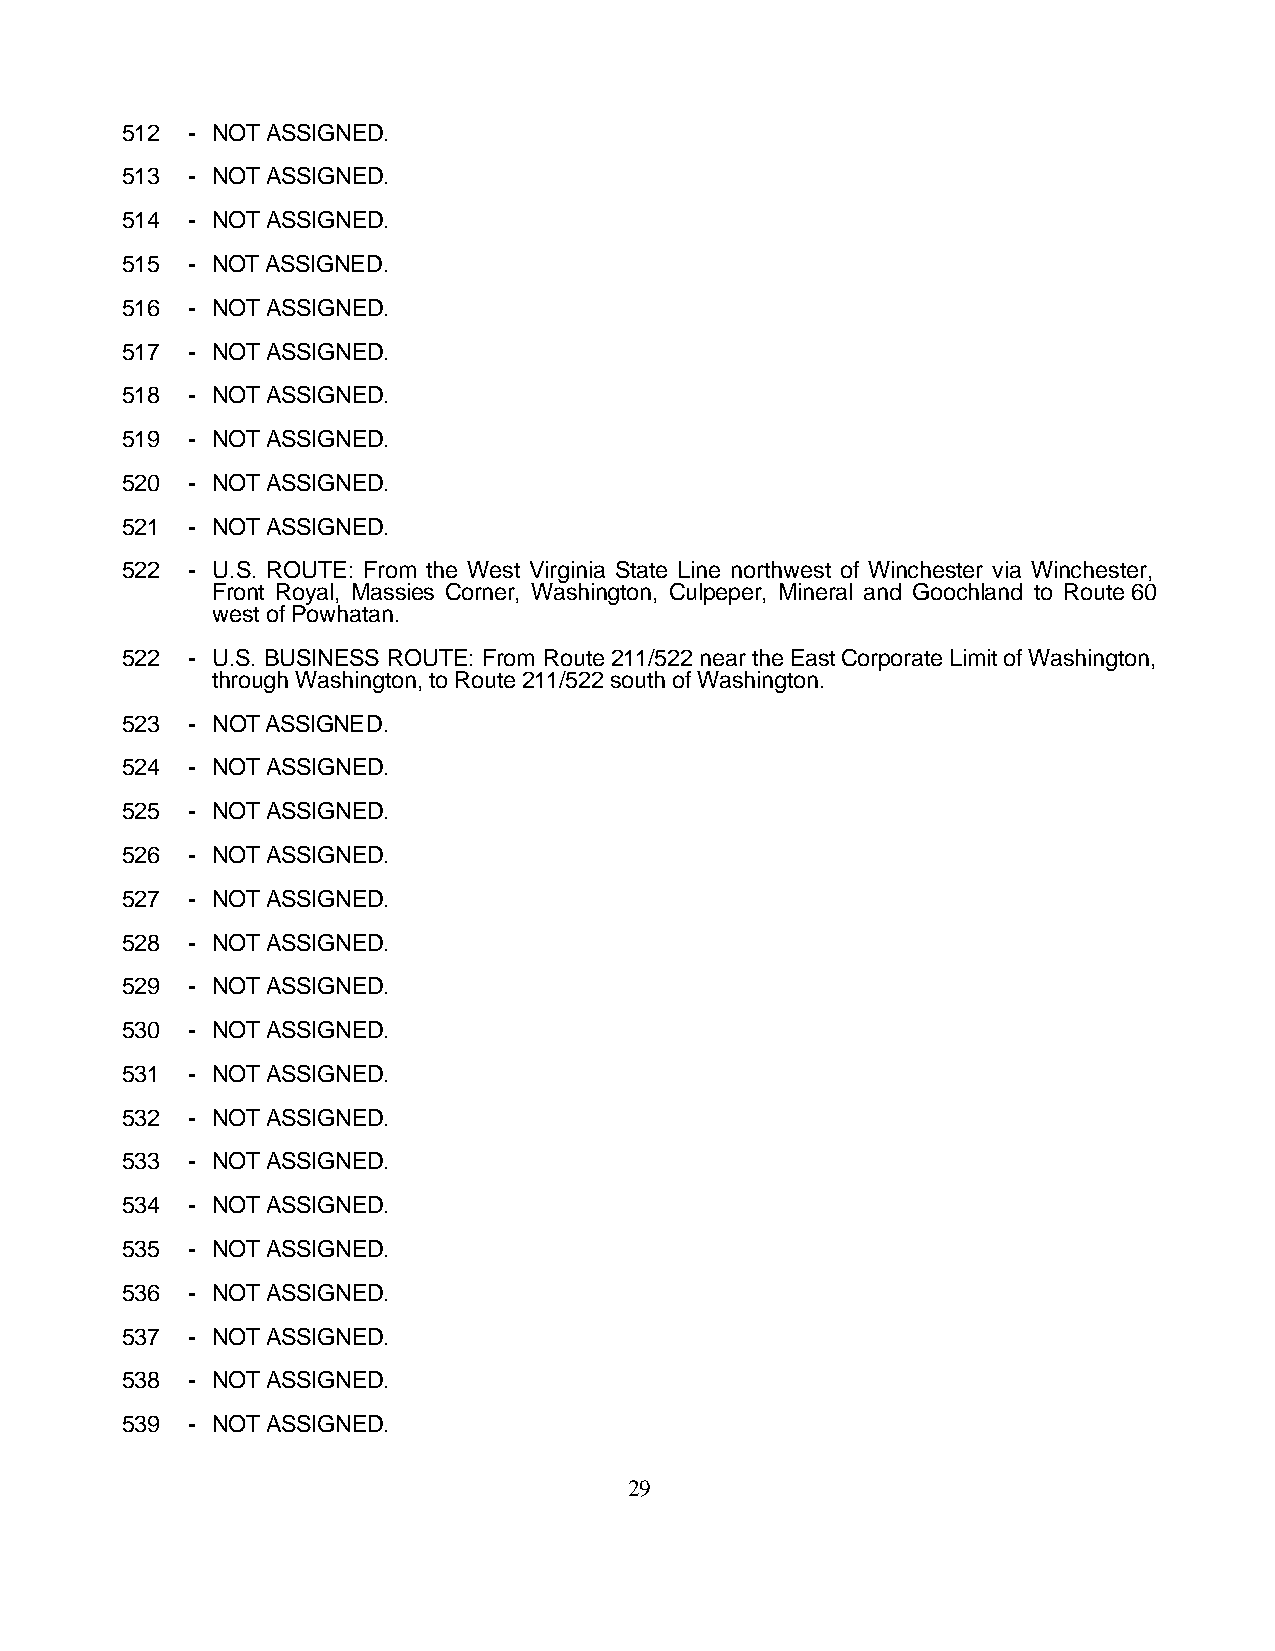
512 - NOT ASSIGNED.
 513 - NOT ASSIGNED.
 514 - NOT ASSIGNED.
 515 - NOT ASSIGNED.
 516 - NOT ASSIGNED.
 517 - NOT ASSIGNED.
 518 - NOT ASSIGNED.
 519 - NOT ASSIGNED.
 520 - NOT ASSIGNED.
 521 - NOT ASSIGNED.
 522 - U.S. ROUTE: From the West Virginia State Line northwest of Winchester via Winchester,
 Front Royal, Massies Corner, Washington, Culpeper, Mineral and Goochland to Route 60
 west of Powhatan.
 522 - U.S. BUSINESS ROUTE: From Route 211/522 near the East Corporate Limit of Washington,
 through Washington, to Route 211/522 south of Washington.
 523 - NOT ASSIGNED.
 524 - NOT ASSIGNED.
 525 - NOT ASSIGNED.
 526 - NOT ASSIGNED.
 527 - NOT ASSIGNED.
 528 - NOT ASSIGNED.
 529 - NOT ASSIGNED.
 530 - NOT ASSIGNED.
 531 - NOT ASSIGNED.
 532 - NOT ASSIGNED.
 533 - NOT ASSIGNED.
 534 - NOT ASSIGNED.
 535 - NOT ASSIGNED.
 536 - NOT ASSIGNED.
 537 - NOT ASSIGNED.
 538 - NOT ASSIGNED.
 539 - NOT ASSIGNED.
 29